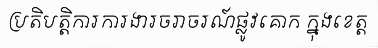
ប្រតិបត្តិការការងារចរាចរណ៍ផ្លូវគោក ក្នុងខេត្ត